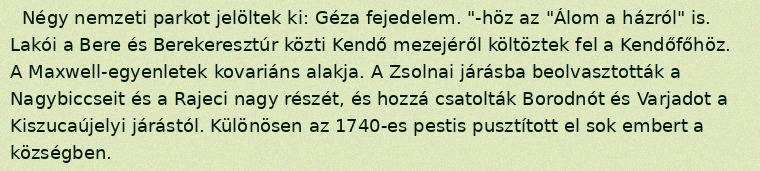
Négy nemzeti parkot jelöltek ki: Géza fejedelem. "-höz az "Álom a házról" is. Lakói a Bere és Berekeresztúr közti Kendő mezejéről költöztek fel a Kendőfőhöz. A Maxwell-egyenletek kovariáns alakja. A Zsolnai járásba beolvasztották a Nagybiccseit és a Rajeci nagy részét, és hozzá csatolták Borodnót és Varjadot a Kiszucaújelyi járástól. Különösen az 1740-es pestis pusztított el sok embert a községben.